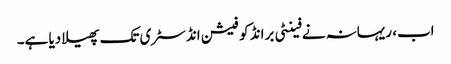
اب، ریہانہ نے فینٹی برانڈ کو فیشن انڈسٹری تک پھیلا دیا ہے۔